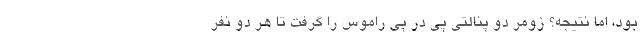
بود، اما نتیجه؟ زومر دو پنالتی پی در پی راموس را گرفت تا هر دو نفر